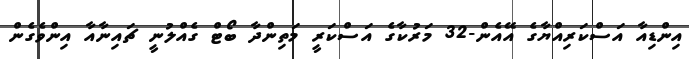
އިންޑިއާ އަސްކަރިއްޔާގެ އޭއެން-32 މަރުކާގެ އަސްކަރީ މަތިންދާ ބޯޓް ގެއްލުނީ ޗައިނާއާ އިންވެގެން